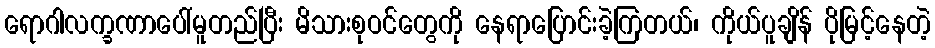
ရောဂါလက္ခဏာပေါ်မူတည်ပြီး မိသားစုဝင်တွေကို နေရာပြောင်းခဲ့ကြတယ်၊ ကိုယ်ပူချိန် ပိုမြင့်နေတဲ့